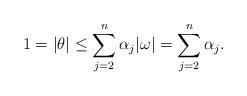
LaTeX: \begin{align*} 1=\vert \theta \vert \leq \sum_{j=2}^{n}\alpha_j\vert \omega\vert=\sum_{j=2}^n\alpha_j. \end{align*}